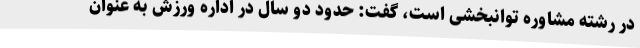
در رشته مشاوره توانبخشی است، گفت: حدود دو سال در اداره ورزش به عنوان